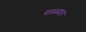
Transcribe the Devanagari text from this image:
पाळ्यात